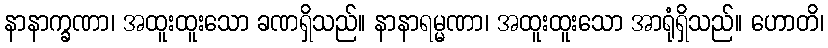
နာနာက္ခဏာ၊ အထူးထူးသော ခဏရှိသည်။ နာနာရမ္မဏာ၊ အထူးထူးသော အာရုံရှိသည်။ ဟောတိ၊